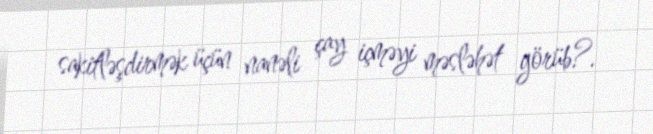
sakitləşdirmək üçün nanəli çay içməyi məsləhət görüb?.